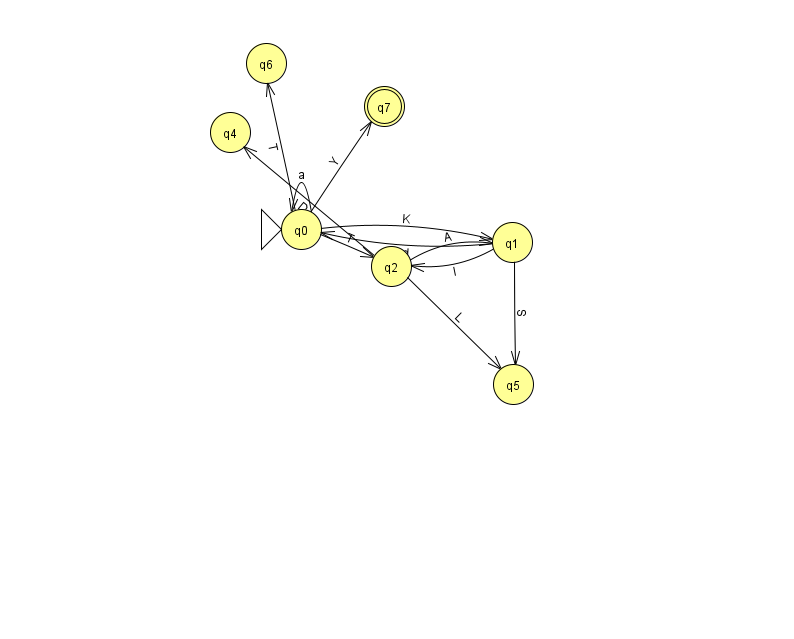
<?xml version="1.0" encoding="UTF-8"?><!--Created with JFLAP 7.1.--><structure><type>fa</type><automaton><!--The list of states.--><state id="0" name="q0"><x>301.0</x><y>216.0</y><initial/></state><state id="1" name="q1"><x>512.0</x><y>229.0</y></state><state id="2" name="q2"><x>391.0</x><y>253.0</y></state><state id="4" name="q4"><x>230.0</x><y>119.0</y></state><state id="5" name="q5"><x>513.0</x><y>371.0</y></state><state id="6" name="q6"><x>266.0</x><y>50.0</y></state><state id="7" name="q7"><x>384.0</x><y>93.0</y><final/></state><!--The list of transitions.--><transition><from>0</from><to>0</to><read>a</read></transition><transition><from>1</from><to>0</to><read>d</read></transition><transition><from>1</from><to>5</to><read>S</read></transition><transition><from>2</from><to>1</to><read>A</read></transition><transition><from>0</from><to>2</to><read>T</read></transition><transition><from>0</from><to>7</to><read>Y</read></transition><transition><from>2</from><to>4</to><read>D</read></transition><transition><from>2</from><to>5</to><read>L</read></transition><transition><from>0</from><to>6</to><read>T</read></transition><transition><from>0</from><to>1</to><read>K</read></transition><transition><from>1</from><to>2</to><read>I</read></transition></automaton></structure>